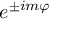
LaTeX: e ^ { \pm i m \varphi }